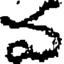
వ